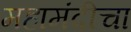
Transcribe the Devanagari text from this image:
महामंदीचा